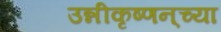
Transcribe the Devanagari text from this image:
उन्नीकृष्णन्‌च्या